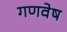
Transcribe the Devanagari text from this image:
गणवेष